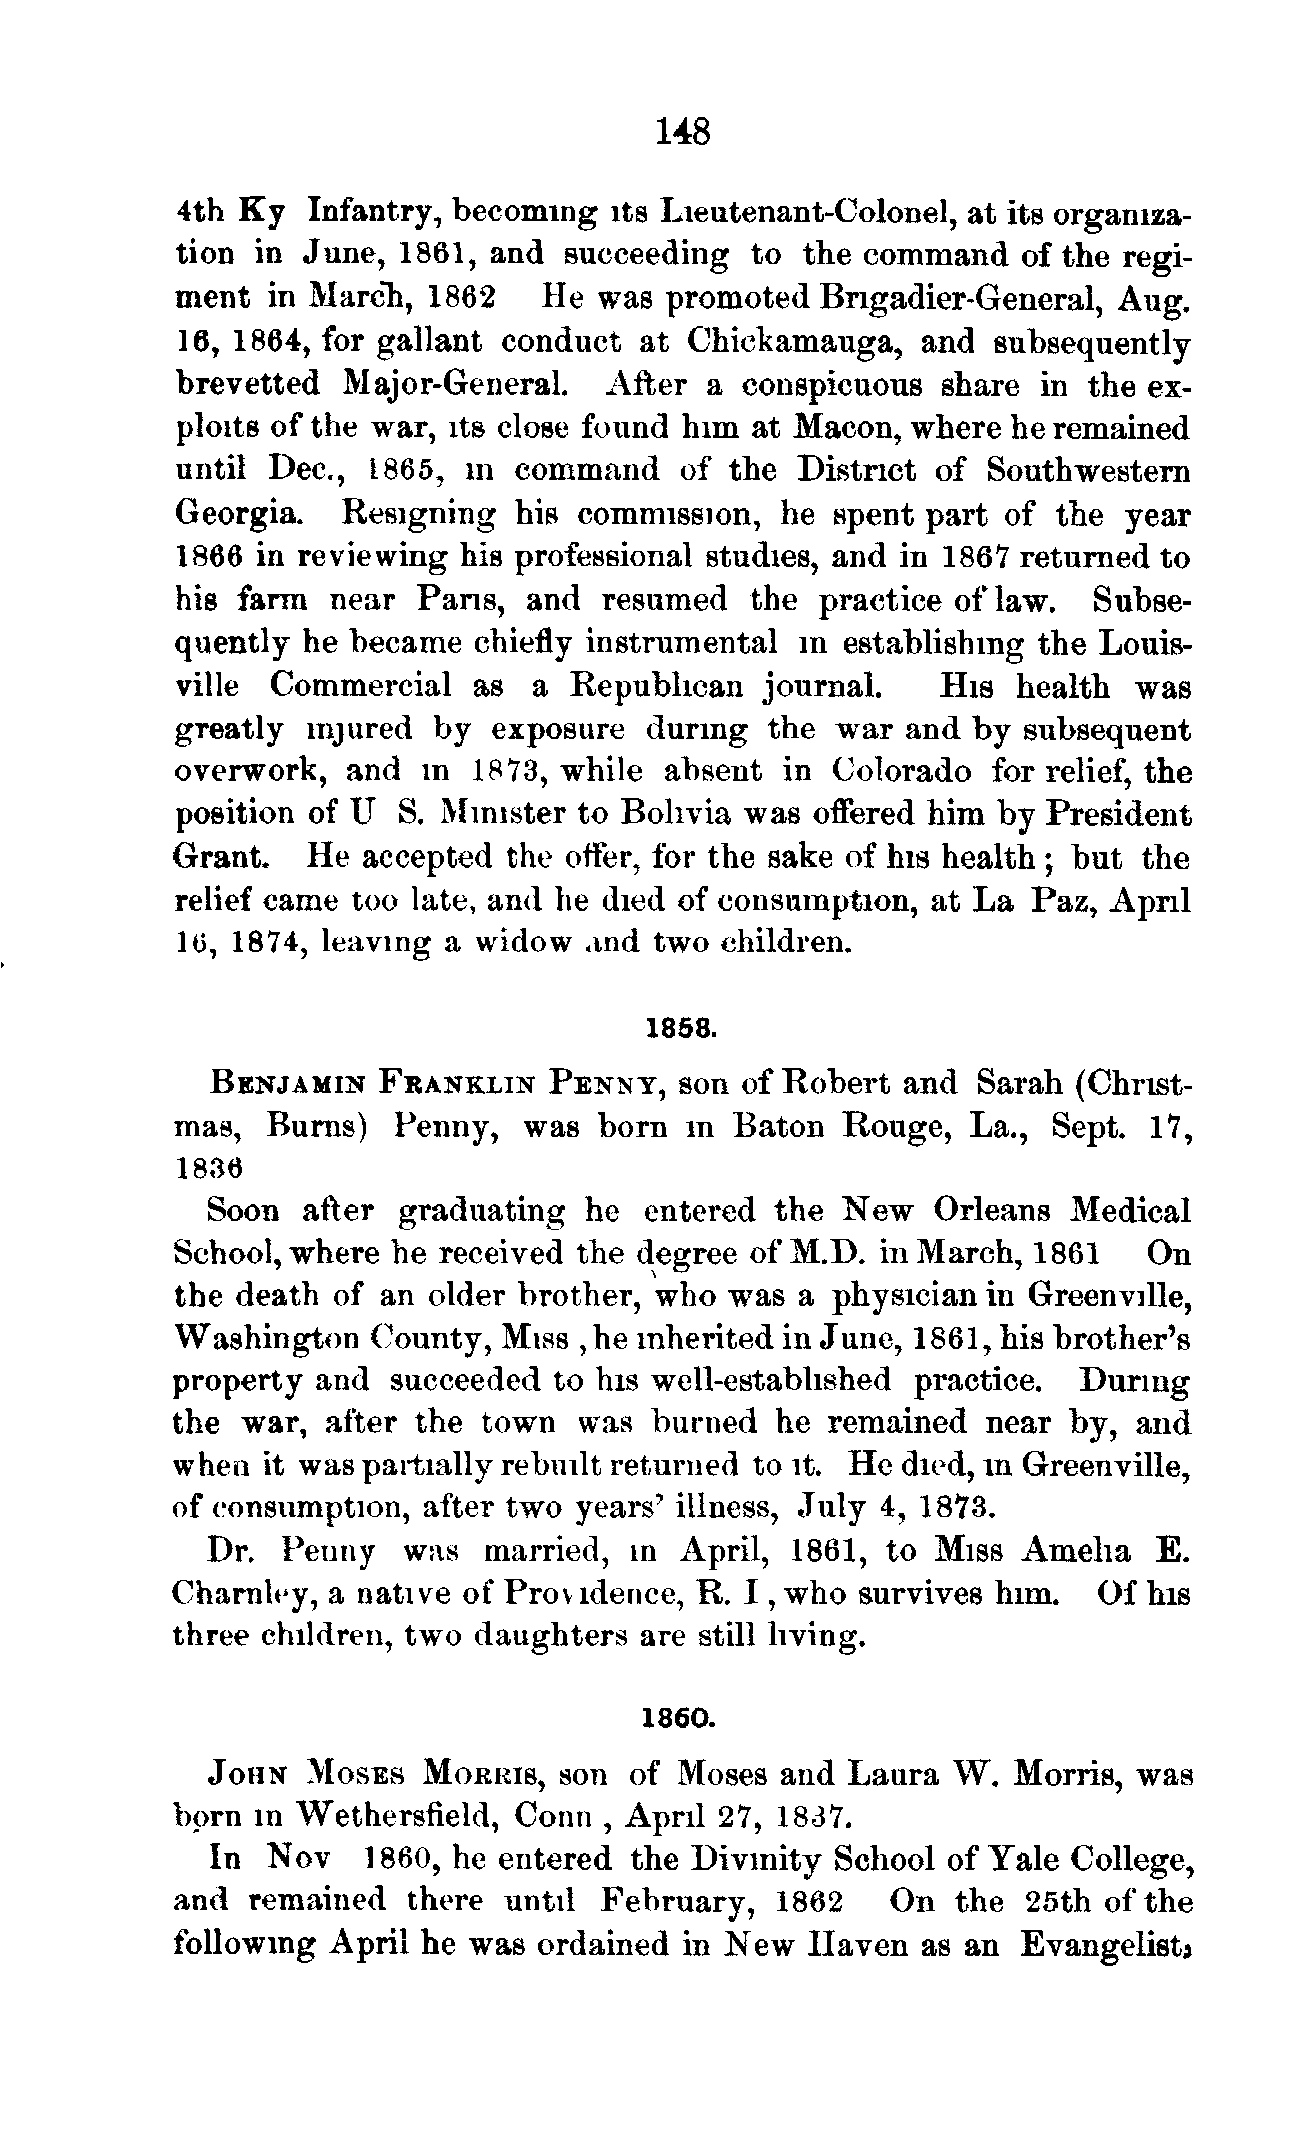
148
 4th Ky  Infantry, becoming  its Lieutenant-Colonel, at its organiza-
 tion in June, 1861, and  succeeding   to the command   of the regi-
 ment  in March, 1862    He  was promoted   Brigadier-General, Aug.
 16, 1864, for gallant conduct  at Chickamauga,   and  subsequently
 brevetted  Major-General.   After  a conspicuous  share  in the ex-
 ploits of the war, its close found him at Macon, where he remained
 until Dec,  1865,  in command    of the  District of  Southwestern
 Georgia.   Resigning  his commission,   he spent part of  the  year
 1866 in reviewing  his professional studies, and in 186*7 returned to
 his farm  near  Pans,  and  resumed   the practice of law.  Subse-
 quently he became  chiefly instrumental  in establishing the Louis-
 ville Commercial   as  a  Republican  journal.    His  health  was
 greatly injured  by exposure   during  the war  and by  subsequent
 overwork,  and  in 1873, while  absent  in Colorado   for relief, the
 position of U  S. Minister to Bolivia was offered him by  President
 Grant.   He  accepted  the offer, for the sake of his health; but the
 relief came too late, and he died of consumption, at La Paz,  April
 10, 1874, leaving a widow  and two  children.
 1858.
 BENJAMIN   FRANKLIN   PENNY,   son of Robert  and  Sarah (Christ-
 mas,  Burns)  Penny,   was  born m  Baton   Rouge,  La.,  Sept. 17,
 1836
 Soon  after  graduating  he  entered the  New   Orleans  Medical
 School, where he received the degree  of M.D. in March, 1861    On
 the death of an  older brother, who was  a physician in Greenville,
 Washington   County, Miss ,he inherited in June, 1861, his brother's
 property  and  succeeded  to his well-established practice. During
 the  war,  after the town  was  burned  he  remained  near  by, and
 when  it was partially rebuilt returned to it. He died, in Greenville,
 of consumption,  after two years' illness, July 4, 1873.
 Dr.  Penny   WJIS married,  in April,  1861, to Miss  Amelia   E.
 Charnley,  a native of Providence, R. I, who  survives him.  Of  his
 three children, two daughters  are still living.
 1860.
 JOHN  MOSES   MORRIS,  son  of Moses  and Laura  W.  Morris, was
 born  in Wethersfield, Conn  , April 27, 1837.
 In  Nov   1860, he entered  the Divinity School  of Yale College,
 and remained   there until  February,  1862    On  the  25th of the
 following  April he was  ordained in New   Haven  as an  Evangelist*